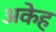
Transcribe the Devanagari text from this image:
अकेह